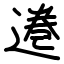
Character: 𫟩